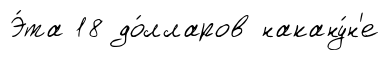
Э́та 18 до́лларов накану́н'е